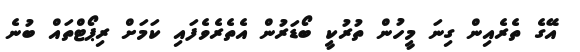
އޭގެ ތެރެއިން ގިނަ މީހުން ތުރުކީ ބޯޑަރުން އެތެރެވެފައި ކަމަށް ރިޕޯޓްތައް ބުނެ